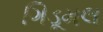
ગિડૂમલ